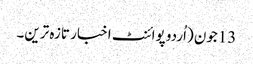
13جون (اُردو پوائنٹ اخبار تازہ ترین۔